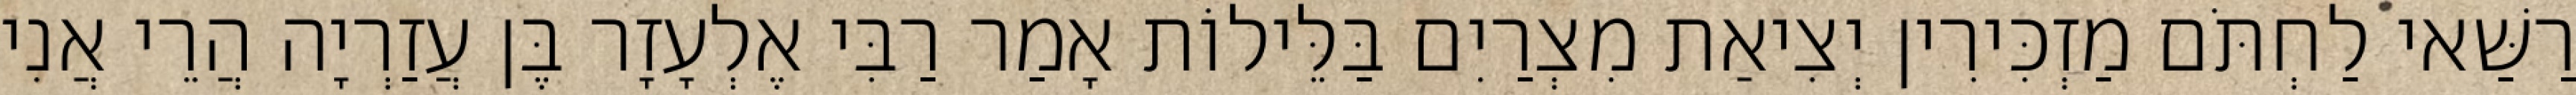
רַשַּׁאי לַחְתֹּם מַזְכִּירִין יְצִיאַת מִצְרַיִם בַּלֵּילוֹת אָמַר רַבִּי אֶלְעָזָר בֶּן עֲזַרְיָה הֲרֵי אֲנִי